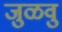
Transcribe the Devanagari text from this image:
जुळवु